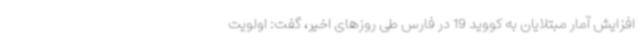
افزایش آمار مبتلایان به کووید 19 در فارس طی روزهای اخیر، گفت: اولویت